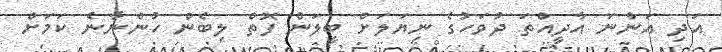
އަދި އަންނަ އާދީއްތަ ދުވަހުގެ ނިޔަލަށް ބީލަން ފޮތް ލިބެން ހުންނާނެ ކަމަށް